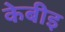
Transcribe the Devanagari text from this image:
केबीइ